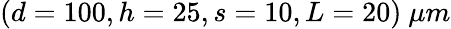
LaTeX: (d=100,h=25,s=10,L=20)~\mu m